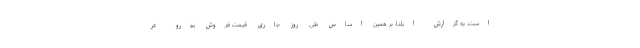
است. به گزارش ایلنا، بر همین‌ اساس طی روز جاری قیمت فروش یورو در